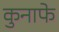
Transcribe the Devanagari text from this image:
कुनाफे